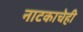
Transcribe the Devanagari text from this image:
नाटकाचेही